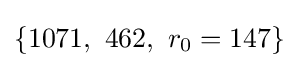
\{1071,\ 462,\ r_{0}=147\}